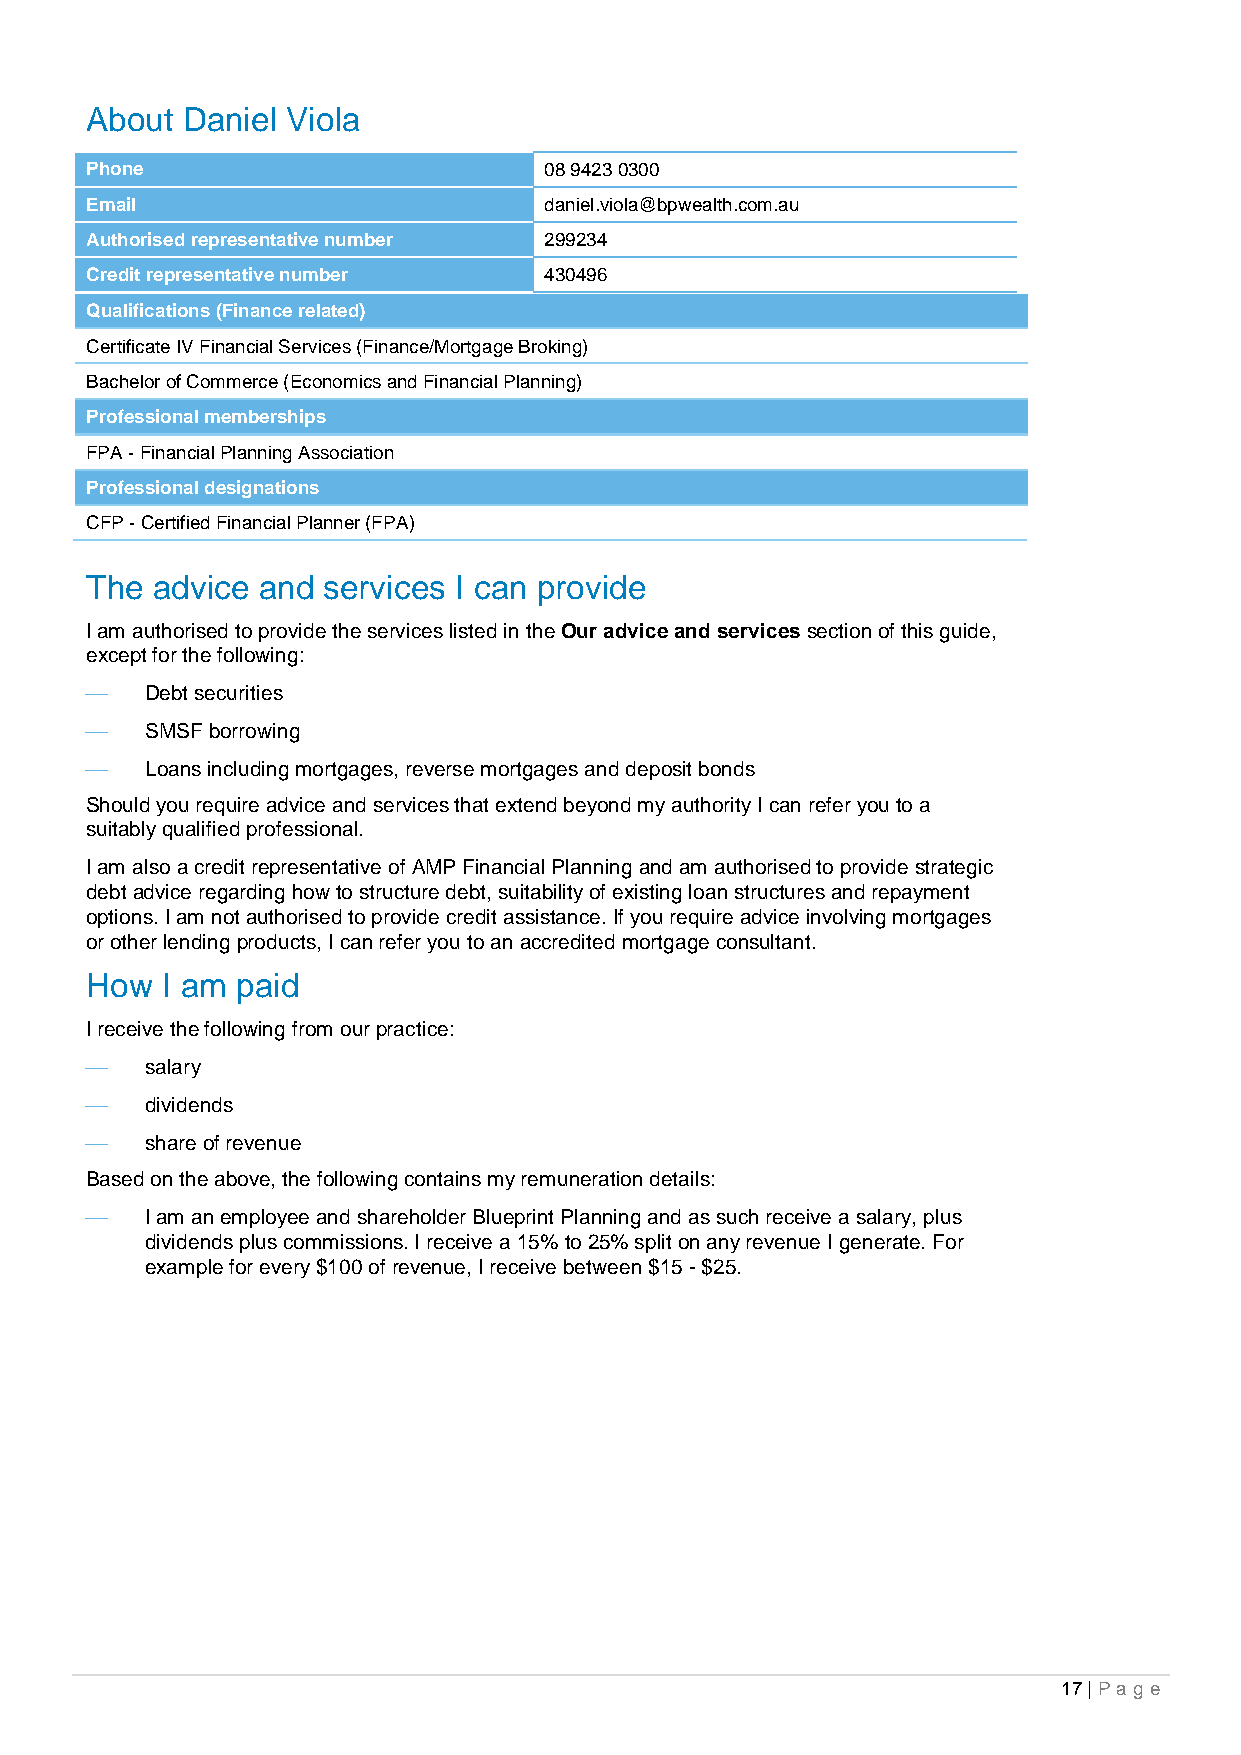
About Daniel Viola
 Phone                         08 9423 0300
 Email                         daniel.viola@bpwealth.com.au
 Authorised representative number 299234
 Credit representative number  430496
 Qualifications (Finance related)
 Certificate IV Financial Services (Finance/Mortgage Broking)
 Bachelor of Commerce (Economics and Financial Planning)
 Professional memberships
 FPA - Financial Planning Association
 Professional designations
 CFP - Certified Financial Planner (FPA)
 The advice and services I can provide
 I am authorised to provide the services listed in the Our advice and services section of this guide,
 except for the following:
    Debt securities
    SMSF borrowing
    Loans including mortgages, reverse mortgages and deposit bonds
 Should you require advice and services that extend beyond my authority I can refer you to a
 suitably qualified professional.
 I am also a credit representative of AMP Financial Planning and am authorised to provide strategic
 debt advice regarding how to structure debt, suitability of existing loan structures and repayment
 options. I am not authorised to provide credit assistance. If you require advice involving mortgages
 or other lending products, I can refer you to an accredited mortgage consultant.
 How  I am paid
 I receive the following from our practice:
    salary
    dividends
    share of revenue
 Based on the above, the following contains my remuneration details:
    I am an employee and shareholder Blueprint Planning and as such receive a salary, plus
 dividends plus commissions. I receive a 15% to 25% split on any revenue I generate. For
 example for every $100 of revenue, I receive between $15 - $25.
 17 | Pa g e